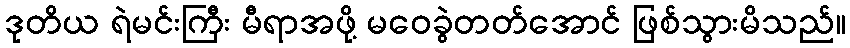
ဒုတိယ ရဲမင်းကြီး မီရာအဖို့ မဝေခွဲတတ်အောင် ဖြစ်သွားမိသည်။